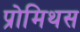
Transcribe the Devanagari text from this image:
प्रोमिथस